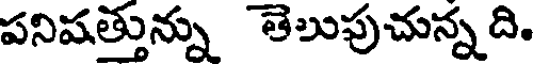
పనిషత్తున్ను తెలుపుచున్నది.